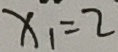
x _ { 1 } = 2